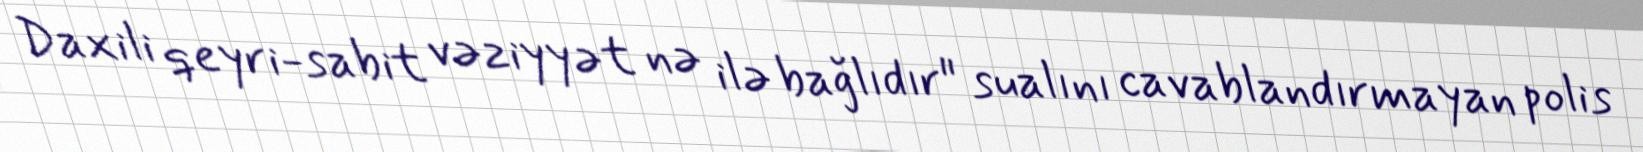
Daxili qeyri-sabit vəziyyət nə ilə bağlıdır" sualını cavablandırmayan polis